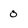
Character: 0